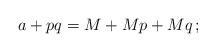
LaTeX: \begin{align*}a+pq=M+Mp+Mq\,;\end{align*}